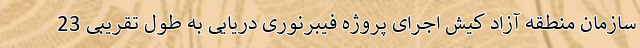
سازمان منطقه آزاد کیش اجرای پروژه فیبرنوری دریایی به طول تقریبی 23